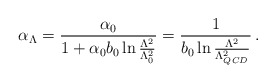
\begin{align*}\alpha_\Lambda = {\alpha_0 \over 1 + \alpha_0 b_0 \ln{{\Lambda^2\over\Lambda^2_0}}} = {1\over b_0 \ln{{\Lambda^2\over\Lambda_{QCD}^2}}}\,.\end{align*}